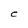
Character: C